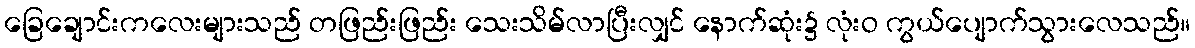
ခြေချောင်းကလေးများသည် တဖြည်းဖြည်း သေးသိမ်လာပြီးလျှင် နောက်ဆုံး၌ လုံးဝ ကွယ်ပျောက်သွားလေသည်။